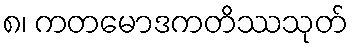
၈၊ ကတမောဒကတိဿသုတ်